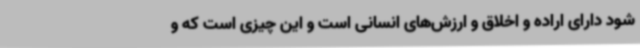
شود دارای اراده و اخلاق و ارزش‌های انسانی است و این چیزی است که و